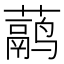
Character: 𬟁